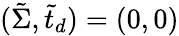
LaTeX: (\tilde{\Sigma},\tilde{t}_{d})=(0,0)